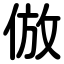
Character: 倣